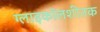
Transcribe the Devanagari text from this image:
ग्लाइकॉलशीतक